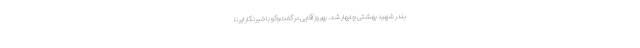
بندر شهید بهشتی چابهار شد. بهروز آقایی در گفت‌وگو با خبرنگار ایرنا